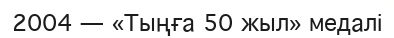
2004 — «Тыңға 50 жыл» медалі